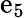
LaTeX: \mathrm{e}_{5}